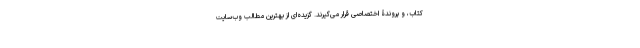
کتاب، و پروندۀ اختصاصی قرار می‌گیرند. گزیده‌ای از بهترین مطالب وب‌سایت